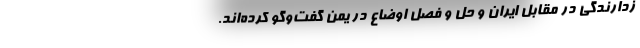
زدارندگی در مقابل ایران و حل و فصل اوضاع در یمن گفت‌وگو کرده‌اند.